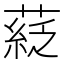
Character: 𦹴